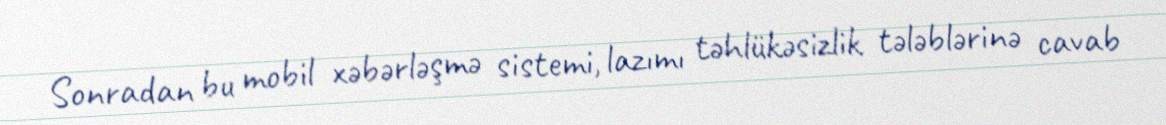
Sonradan bu mobil xəbərləşmə sistemi, lazımı təhlükəsizlik tələblərinə cavab